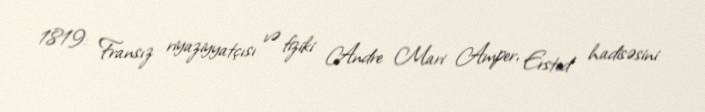
1819: Fransız riyaziyyatçısı və fiziki Andre Mari Amper, Ersted hadisəsini